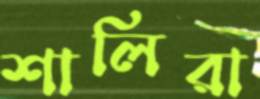
শালিরা